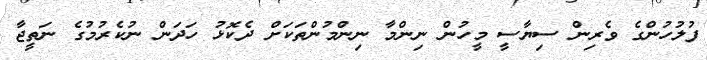
ފުލުހުންގެ ވެރިން ސިޔާސީ މީހުން ނިންމާ ނިންމުންތަކަށް ދެކޮޅު ހަދަން ނުކެރުމުގެ ނަތީޖާ